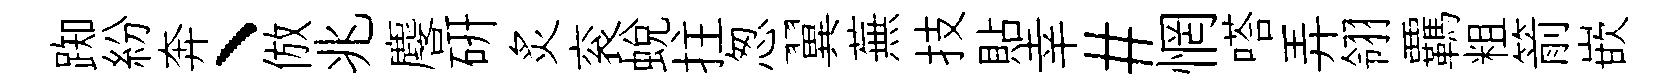
踟紛奔、倣兆麐硏炙衮蜕拄怱翼蕪技貼幸#惘嗒弄翎覊粗箭嵌